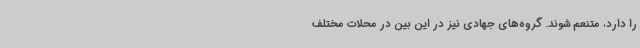
را دارد، متنعم شوند. گروه‌های جهادی نیز در این بین در محلات مختلف